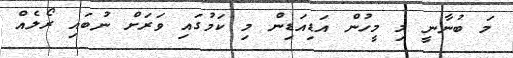
މަ ބުނާނީ މި މީހުން އަޑިއަޑިން މި ކަމުގައި ވަރަށް ނުބައި ރޯލެއް